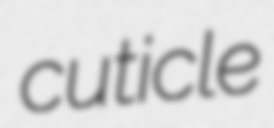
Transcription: cuticle